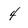
Character: 4